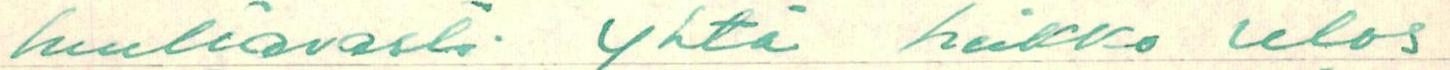
luultavasti yhtä heikko ulos